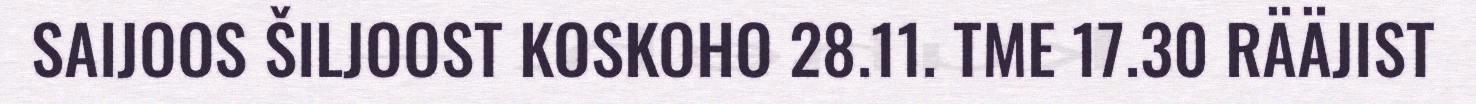
SAIJOOS ŠILJOOST KOSKOHO 28.11. TME 17.30 RÄÄJIST